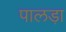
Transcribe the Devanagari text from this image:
पालड़ा